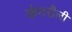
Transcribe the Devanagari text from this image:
कंगरौली